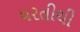
ધરતીથી